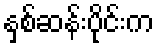
နှစ်ဆန်းပိုင်းက